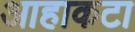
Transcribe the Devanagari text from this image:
आहाकटा